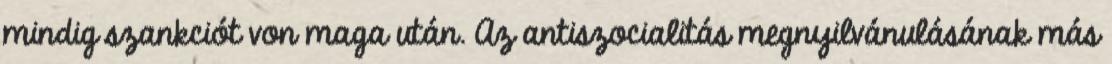
mindig szankciót von maga után. Az antiszocialitás megnyilvánulásának más